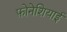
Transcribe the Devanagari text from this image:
फ़ोनेशियाई